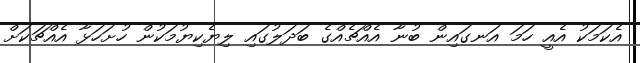
އެކަމަކު އެއީ ހަމަ އަނގައިން ބުނާ އެއްޗެއްގެ ބަދަލުގައި ލިޔެކިޔުމަކުން ހުށަހަޅާ އެއްޗަކަށް